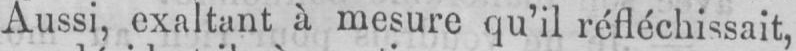
Aussi, exaltant à mesure qu’il réfléchissait,